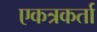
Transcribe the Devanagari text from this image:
एकत्रकर्ता